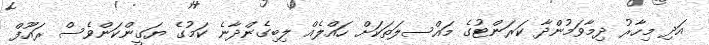
އަދި މިހާރު ދިމާވަމުންދާ ކަރަންޓުގެ މައްސލަތަކަށް ހައްލެއް ލިބިގެންދާނެ ކަމުގެ ޔަގީންކަންވެސް ރައޫފް